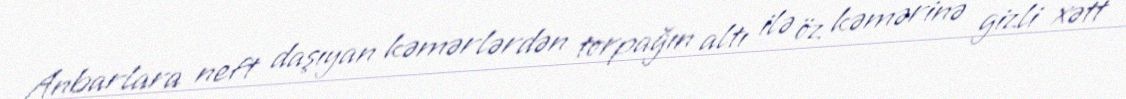
Anbarlara neft daşıyan kəmərlərdən torpağın altı ilə öz kəmərinə gizli xətt